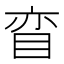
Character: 𰥠